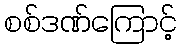
စစ်ဒဏ်ကြောင့်